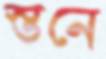
স্তনে